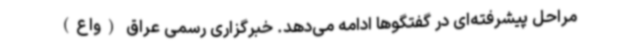
مراحل پیشرفته‌ای در گفتگوها ادامه می‌دهد. خبرگزاری رسمی عراق (واع)